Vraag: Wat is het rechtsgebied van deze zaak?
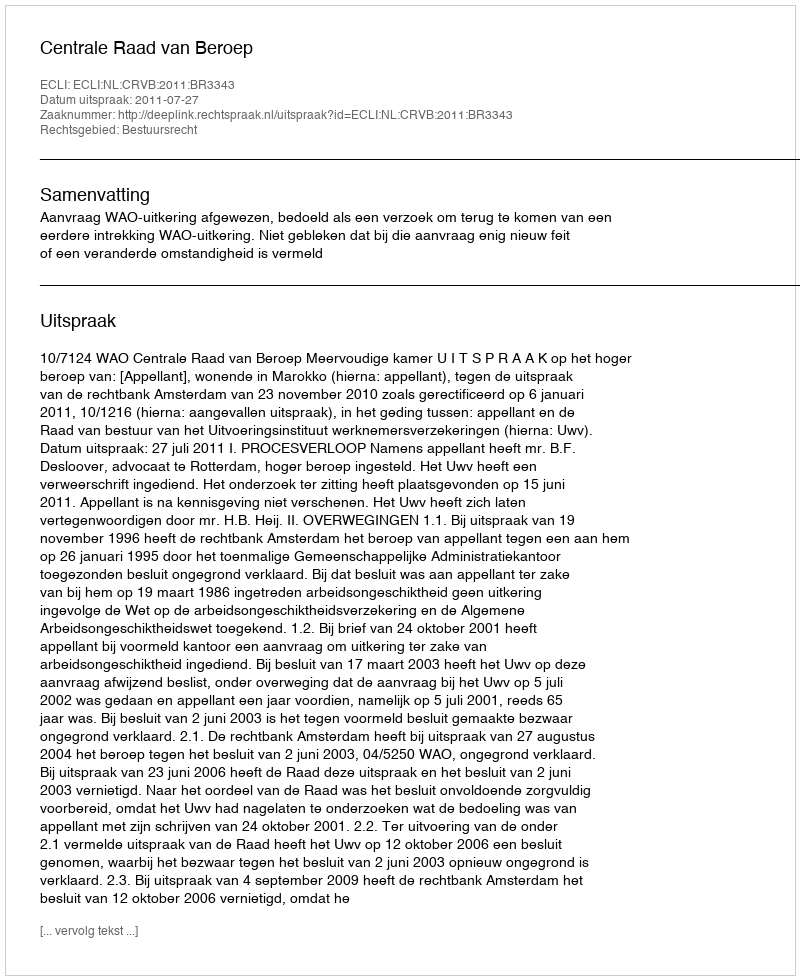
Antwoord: Bestuursrecht